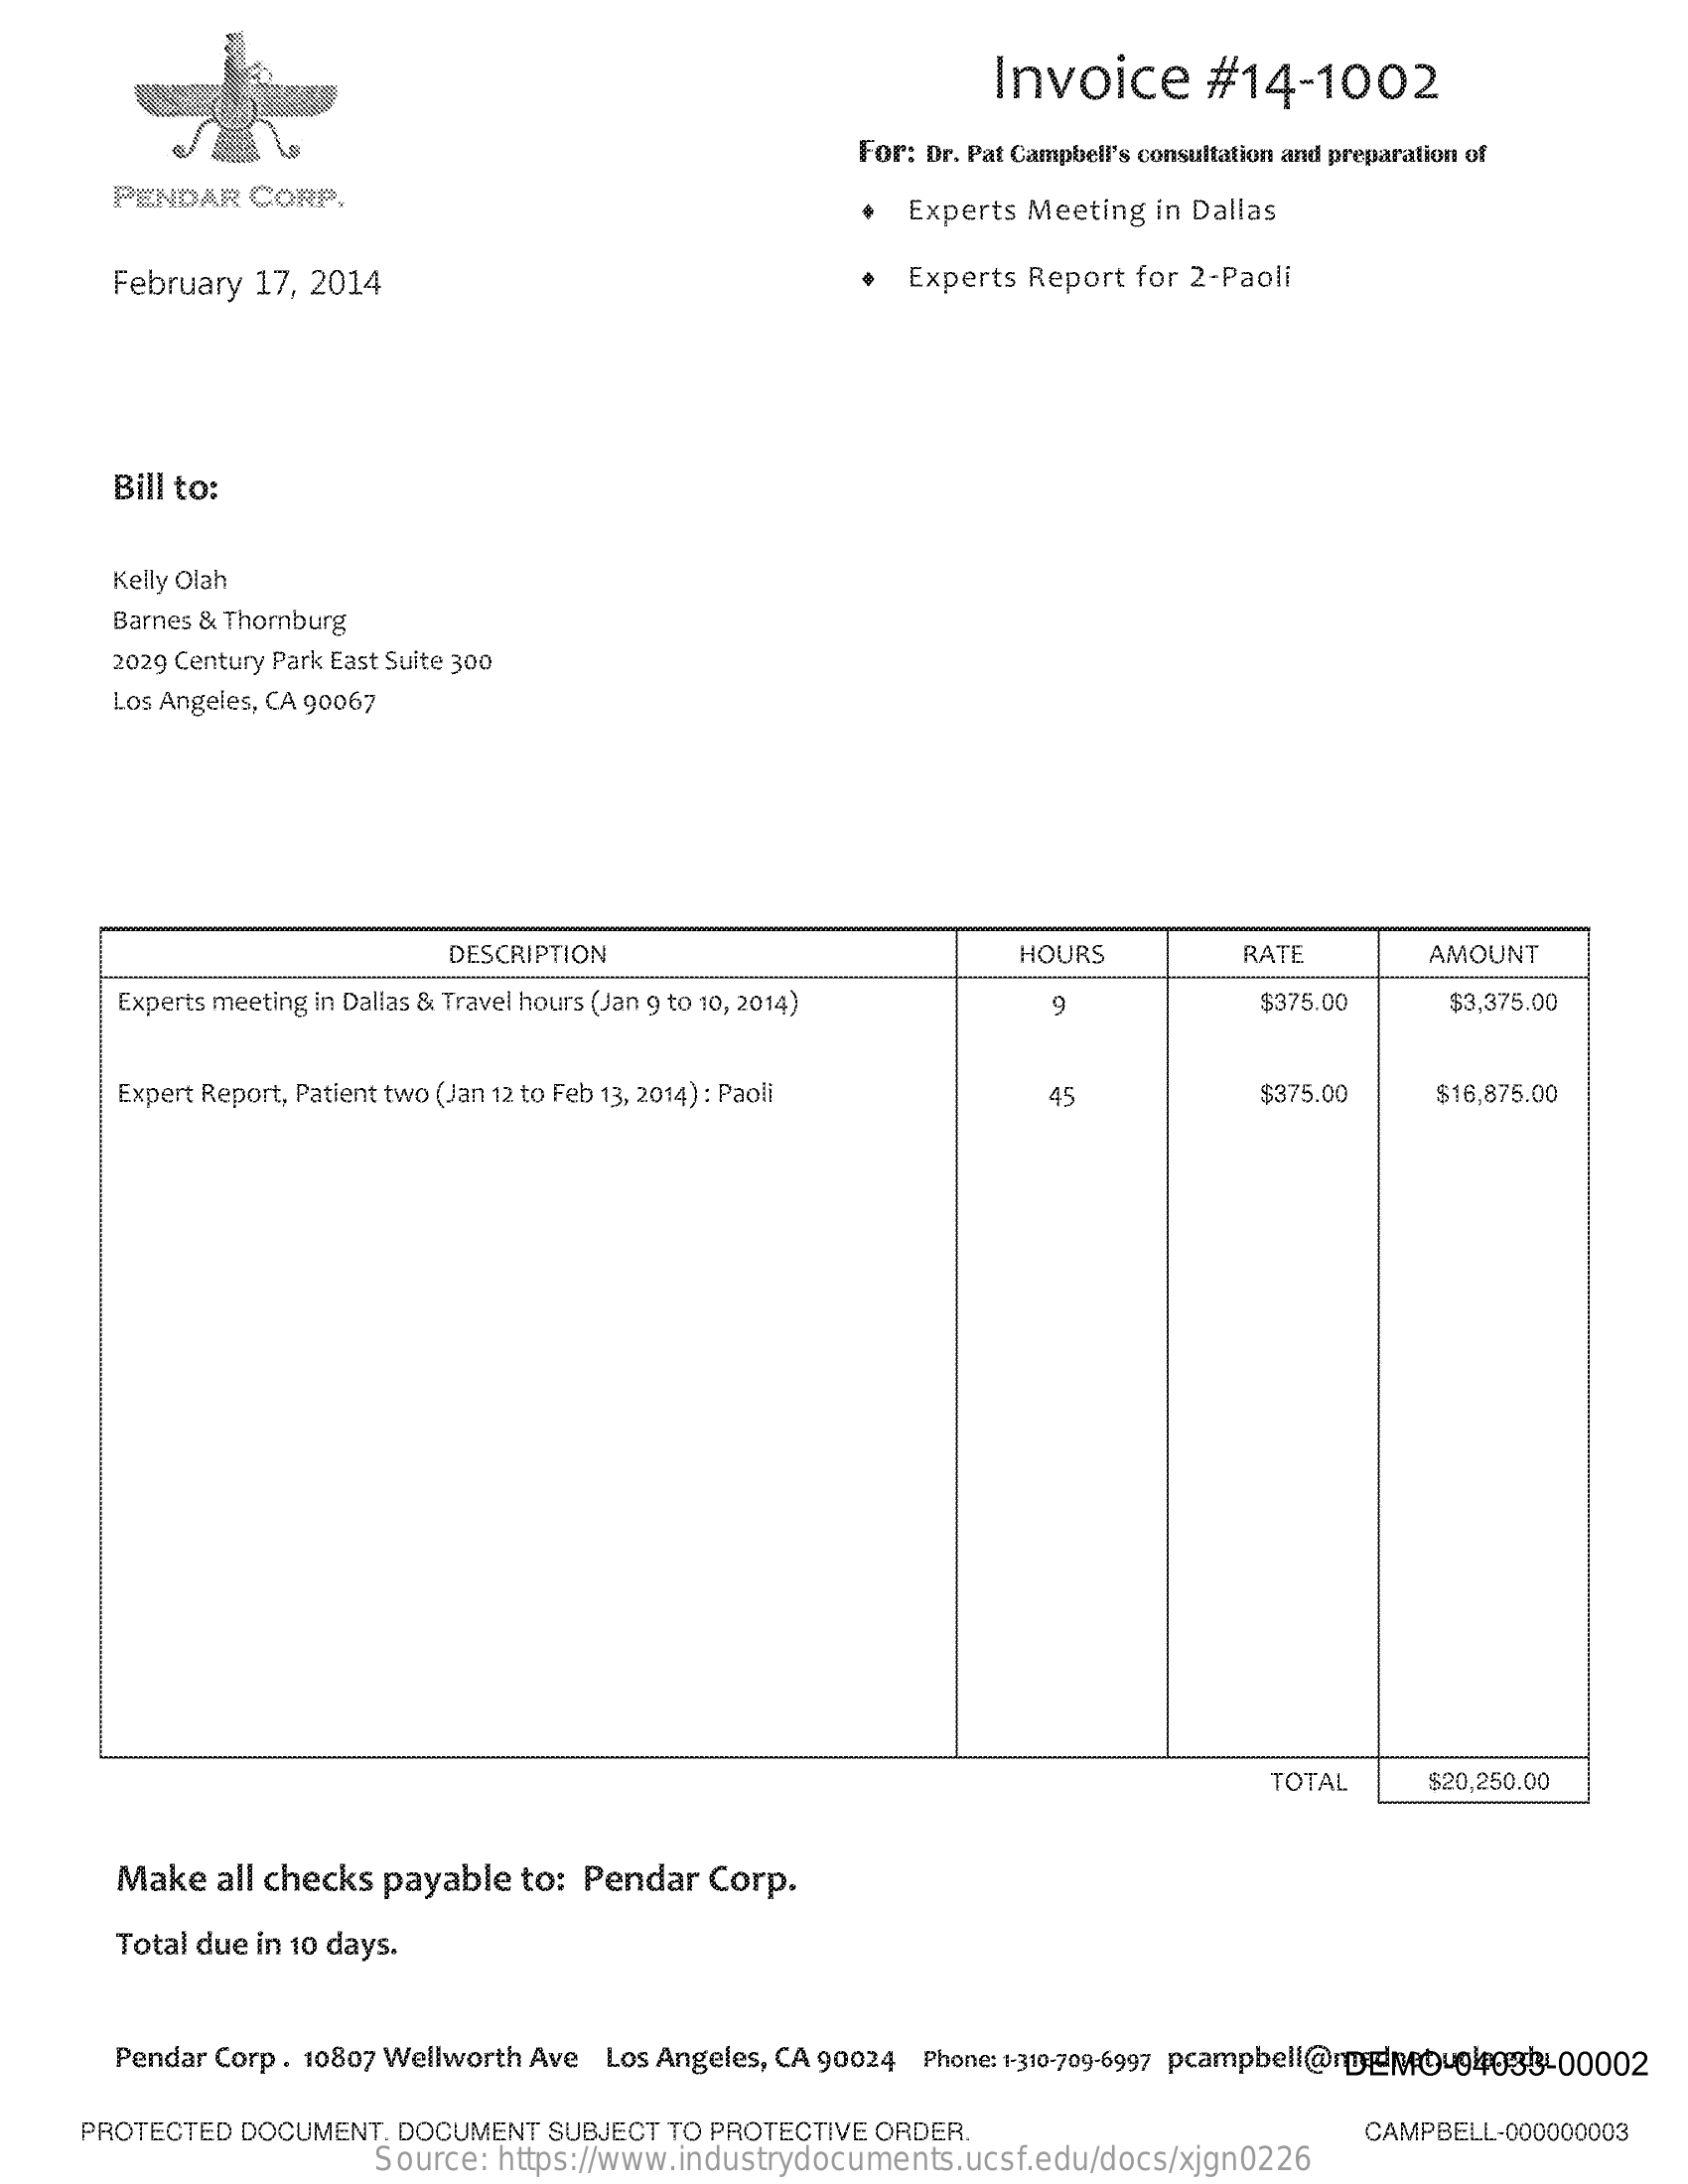
Invoice    #14-1002
     For: Dr. Pat Campbell's consultation and preparation of
     PENDAR  CORP.    .  Experts Meeting in Dallas
     February 17, 2014    .  Experts Report for 2-Paoli
     Bill to:
     Kelly Olah
     Barnes & Thomburg
     2029 Century Park East Suite 300
     Los Angeles, CA 90067
     DESCRIPTION    HOURS    RATE    AMOUNT
     Experts meeting in Dallas & Travel hours (Jan 9 to 10, 2014)    $375.00    $3,375.00
     Expert Report, Patient two (Jan 12 to Feb 13, 2014) : Paoli 45    $375.00    $16,875.00
     TOTAL    $20,250.00
     Make  all checks payable to: Pendar Corp.
     Total due in 10 days.
     Pendar Corp . 10807 Wellworth Ave Los Angeles, CA 90024 Phone: 1-310-709-6997 pcampbell@roEMoug/1033-00002
     PROTECTED DOCUMENT. DOCUMENT SUBJECT TO PROTECTIVE ORDER.    CAMPBELL-000000003
     Source: https://www.industrydocuments.ucsf.edu/docs/xjgn0226